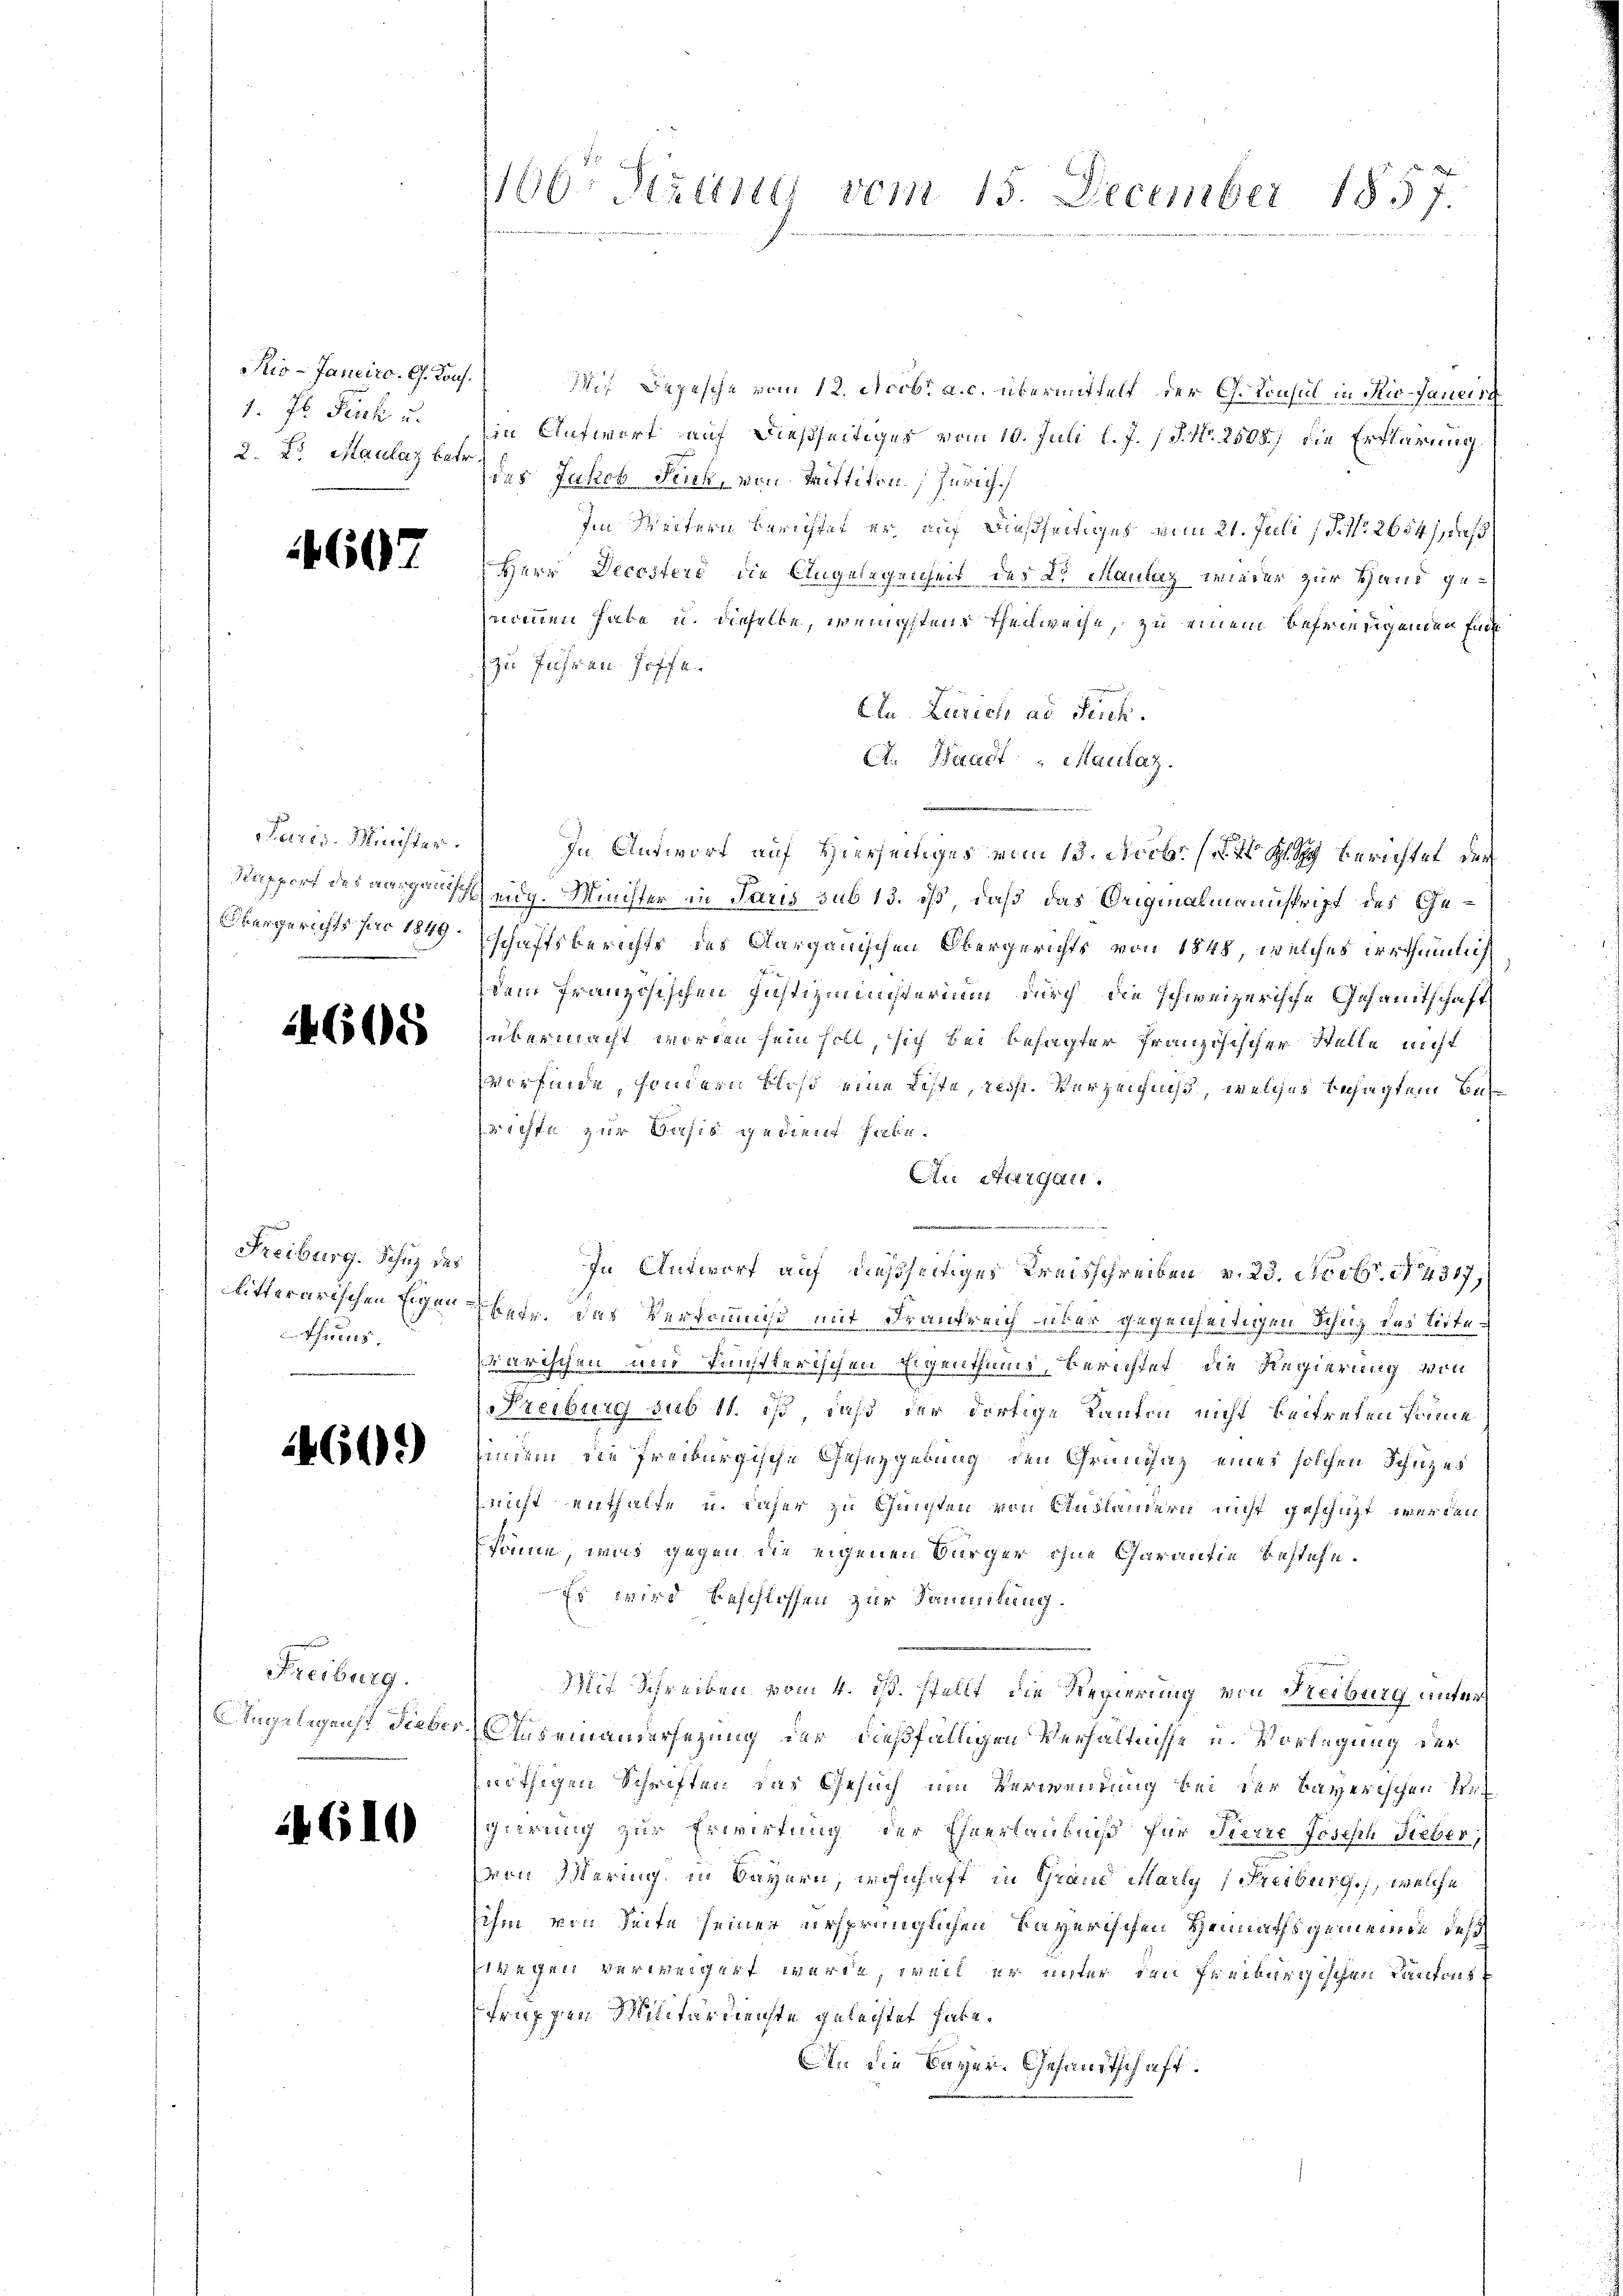
1. fl. Fick u.
2. Dr. Maulaz betr.

4607

Paris. Minister.

4605

Freiburg. Schutz des
Treues,

1601)

Freiburg.

G10

Stio- Janeiro. G. Kons. Mit Depesche vom 12. Octbr. a. c. übermittelt der G. Konsul in Rio-Janeir
in Aufwort auf dießseitiges vom 10. Juli l. J. P. Nr. 2508. die Erklärung
des Jakob Fenk, von Mittiton Zürich
Im Weitern berichtet er auf dießseitiges vom 21. Juli 18. No. 2624, daß
Herr Decester die Angelegenheit des Dr. Maulaz wieder zur Hand genommen habe u. dieselbe, wenigstens Theilweise, zu einem befreudigenden End
zu führen hoffe
Ein Zürich ad Such.
C. Waadt - Maulaz.
In Antwort auf Hierseitiges vom 13. Decbr. berichtet der
Rapport des aarganischeidg. Minister in Paris sub 15. ds, daß das Originalmannskript des Ge¬
Obergerichts par 1849 schaftsberichts des Aargauischen Obergerichts von 1848, welches irrthümlich
dem französischen Justizministerium durch die schweizerische Gesamtschaft
übermacht worden sein soll, sich bei besagter Französischer Stelle nicht
vorfinde, sondern bloß eine Liste, resp. Verzeichniß, welches besagten Berichte zur Basis gedient habe.
An Aargau.
In Antwort auf dießseitiges Kreisschreiben v. 23. Novbr. 1437,
litterarischen Eigen betr. das Verkommniß mit Frankreich über gegenseitigen Schuz des Litte¬
Parischen und künstlerischen Eigenthums, berichtet, die Regierung von
Freiburg sub 11. ist, daß der dortige Kanton nicht beitreten könne.
indem die Freiburgische Gesetzgebung den Grundsaz eines solchen Schüzes
nicht enthalte u. daher zu Gunsten von Auslandern nicht geschüzt werden
könne, was gegen die eigenen Bürger ohne Garantie bestehe.
Es wird beschlossen zur Sammlung.
Mit Schreiben vom 4. ds. stellt, die Regierung von Freiburg unter
Angelegenst Dieber Auseinandersezung der dießfälligen Verhältnisse u. Vorlegung der
nöthigen Schriften das Gesuch um Verwendung bei der Bayerischen Stef
gierung zur Erwirtung der Eheerlaubniß für Pierre Joseph Fieber,
dern Mering, in Bayern, wohnhaft in Grand Marty (Freiburg, welche
Eihm von Seite seiner ursprünglichen Bayerischen Heimathsgemeinde des
Enegen verweigert werde, weil er unter den Freiburgischen Kantonstruppen Militärdienste gelechtet habe.
An die Bayer. Gesandtschaft.

1160. Krung vom 15. December 1857.